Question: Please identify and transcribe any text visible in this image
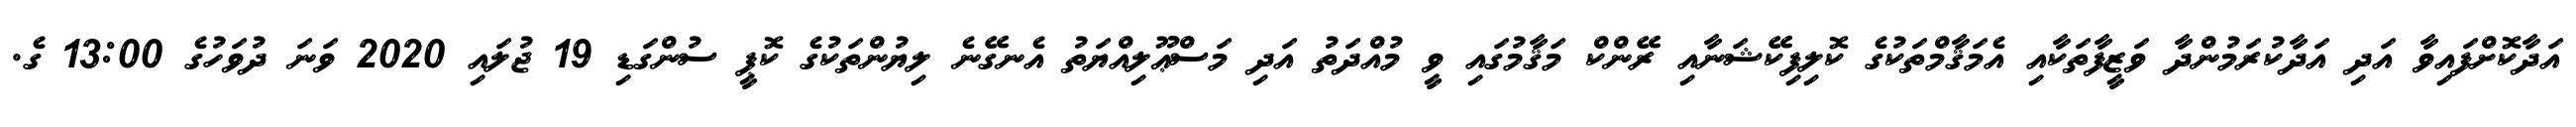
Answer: އަދާކޮށްފައިވާ އަދި އަދާކުރަމުންދާ ވަޒީފާތަކާއި އެމަޤާމްތަކުގެ ކޮލިފިކޭޝަނާއި ރޭންކް މަޤާމުގައި ވީ މުއްދަތު އަދި މަސްޢޫލިއްޔަތު އެނގޭނެ ލިޔުންތަކުގެ ކޮޕީ ސުންގަޑި 19 ޖުލައި 2020 ވަނަ ދުވަހުގެ 13:00 ގެ.